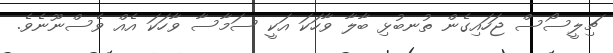
ޗިލީސޯސް ޖަހައިގެން ތުނބުޅި ބާލާ ވާހަކަ އަކީ ސަމާސާ ވާހަކަ އެއް ވެސްނޫނެވެ.